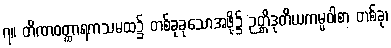
၇။ တိဏဝတ္ထာရကသမထ၌ တစ်ခုခုသောအဖို့၌ ဉတ္တိဒုတိယကမ္မဝါစာ တစ်ခု၊